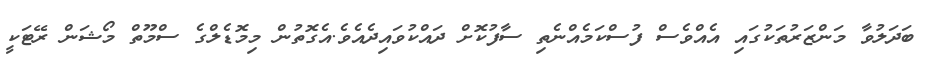
ބަދަލުވާ މަންޒަރުތަކުގައި އެއްވެސް ފުސްކަމެއްނެތި ސާފުކޮށް ދައްކުވައިދެއެވެ.އެގޮތުން މިމޮޑެލްގެ ސްމޫތް މޯޝަން ރޭޓަކީ